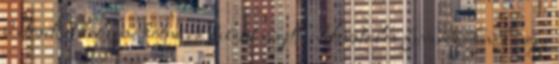
biztosítást kellene kötni rá baleset végett. Hivatalos fuvarozóknak ugye